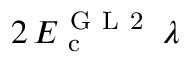
2 \, E _ { \mathrm { ~ c ~ } } ^ { \mathrm { ~ G ~ L ~ 2 ~ } } \, \lambda